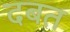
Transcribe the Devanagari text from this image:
दबत